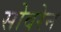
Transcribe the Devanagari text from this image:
सोवरेन